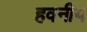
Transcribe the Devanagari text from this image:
हवनीय